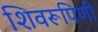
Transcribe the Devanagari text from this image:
शिवरूपिणी